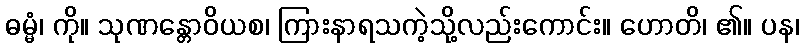
ဓမ္မံ၊ ကို။ သုဏန္တောဝိယစ၊ ကြားနာရသကဲ့သို့လည်းကောင်း။ ဟောတိ၊ ၏။ ပန၊